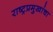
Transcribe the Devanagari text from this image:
राष्ट्रप्रमुखांचा